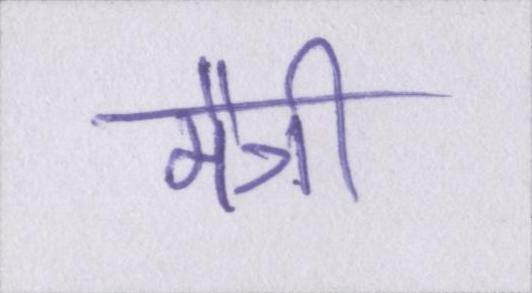
मैत्री